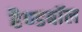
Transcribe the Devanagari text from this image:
हैण्डबॉल